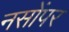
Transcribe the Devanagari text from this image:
नसोंपर